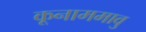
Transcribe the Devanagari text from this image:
कूनाममावु